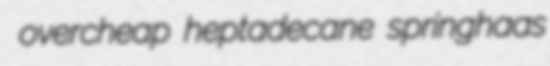
overcheap heptadecane springhaas